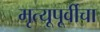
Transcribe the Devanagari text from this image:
मृत्यूपूर्वीचा